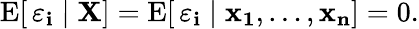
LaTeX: \operatorname{E}[\, \varepsilon_{\mathbf{i}}\mid\mathbf{{X}}]=\operatorname{E}[\, \varepsilon_{\mathbf{i}}\mid\mathbf{{x_{1}}},\dots,\mathbf{{x_{n}}}]=0.